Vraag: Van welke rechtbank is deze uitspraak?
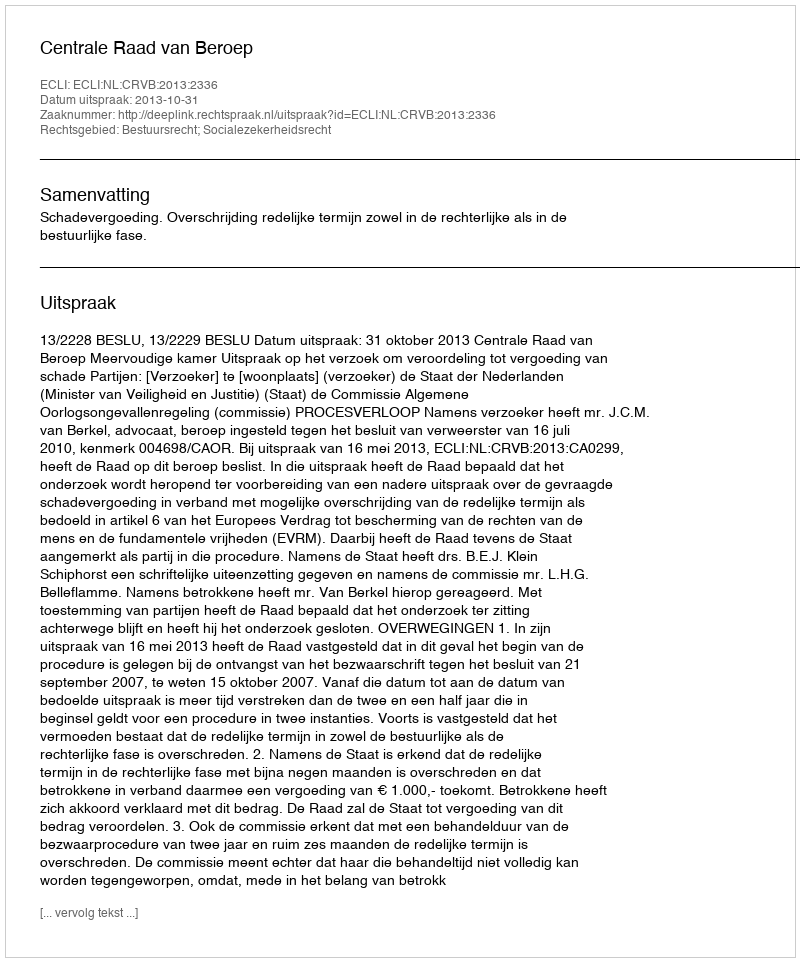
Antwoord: Centrale Raad van Beroep